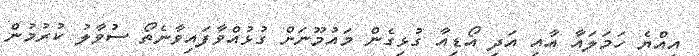
އިއްޔެ ހަމަލައާ އާއި އަދި އޯޑިއާ ގުޅިގެން މައުމޫނަށް ގުޅުއްވާފައިވާނެތޯ ސުވާލު ކުރުމުން